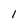
Character: I